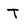
Character: T